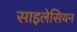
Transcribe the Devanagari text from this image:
साइलेसियन